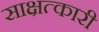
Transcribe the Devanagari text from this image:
साक्षत्कारी